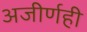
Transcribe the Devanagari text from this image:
अजीर्णही